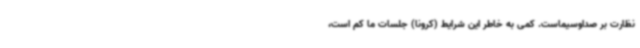
نظارت بر صداوسیماست. کمی به خاطر این شرایط (کرونا) جلسات ما کم است،